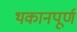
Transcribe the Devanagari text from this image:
थकानपूर्ण